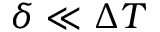
\delta \ll \Delta T